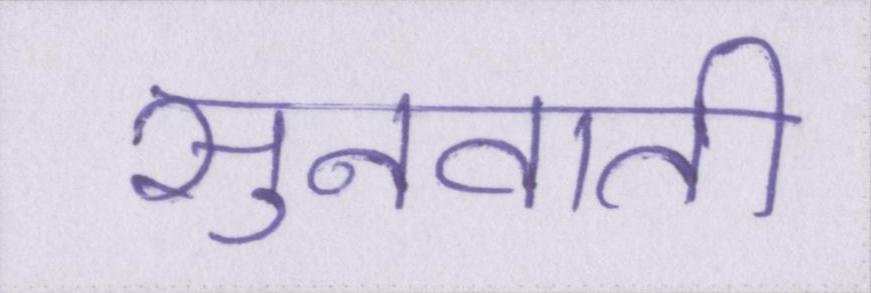
सुनवाती